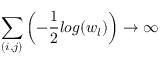
\sum _ { ( i , j ) } \left( - \frac { 1 } { 2 } l o g ( w _ { l } ) \right) \rightarrow \infty